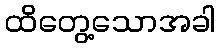
ထိတွေ့သောအခါ